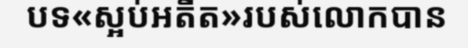
បទ«ស្អប់អតីត»របស់លោកបាន